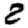
Digit: 2